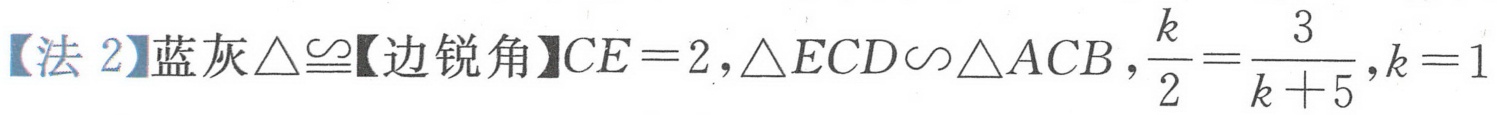
【法\ 2】蓝灰\(\triangle\cong\)【边锐角】\(CE = 2,\triangle ECD\sim\triangle ACB,\frac{k}{2}=\frac{3}{k + 5},k = 1\)